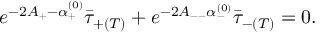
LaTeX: e ^ { - 2 A _ { + } - \alpha _ { + } ^ { ( 0 ) } } \bar { \tau } _ { + ( T ) } + e ^ { - 2 A _ { -- } \alpha _ { - } ^ { ( 0 ) } } \bar { \tau } _ { - ( T ) } = 0 .